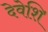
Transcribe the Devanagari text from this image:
देवेशि